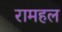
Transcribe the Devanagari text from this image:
रामहल